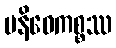
ပနိဓေကစ္စဿ